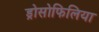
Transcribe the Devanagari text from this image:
ड्रोसोफिलिया